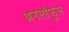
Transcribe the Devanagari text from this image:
अनलॉफुल